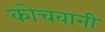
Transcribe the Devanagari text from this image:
कोचवानी